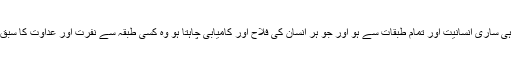
جس دین کا خطاب ہی ساری انسانیت اور تمام طبقات سے ہو اور جو ہر انسان کی فلاح اور کامیابی چاہتا ہو وہ کسی طبقہ سے نفرت اور عداوت کا سبق دے ہی نہیں سکتا ۔